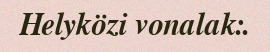
Helyközi vonalak:.